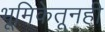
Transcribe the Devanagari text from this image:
भूमिकेतूनही